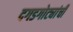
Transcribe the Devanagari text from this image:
दगडगोट्यांची